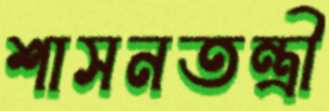
শাসনতন্ত্রী